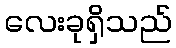
လေးခုရှိသည်